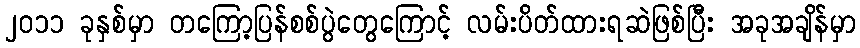
၂၀၁၁ ခုနှစ်မှာ တကြော့ပြန်စစ်ပွဲတွေကြောင့် လမ်းပိတ်ထားရဆဲဖြစ်ပြီး အခုအချိန်မှာ